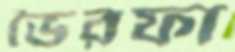
ভৈরফা